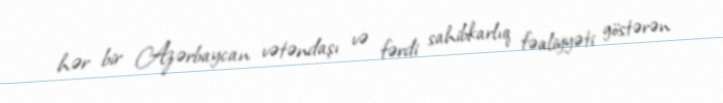
hər bir Azərbaycan vətəndaşı və fərdi sahibkarlıq fəaliyyəti göstərən